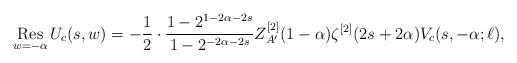
LaTeX: \begin{align*}\operatornamewithlimits{Res}_{w = -\alpha} U_c(s,w) = -\frac{1}{2} \cdot \frac{1-2^{1-2\alpha-2s}}{1-2^{-2\alpha-2s}} Z^{[2]}_{A'}(1-\alpha) \zeta^{[2]}(2s+2\alpha) V_c(s,-\alpha;\ell),\end{align*}